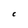
Character: C